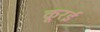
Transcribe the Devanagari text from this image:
कूरई